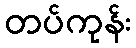
တပ်ကုန်း